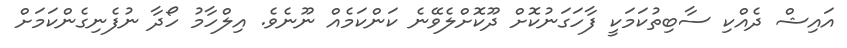
އައިޝް ދެއްކި ސާބިތުކަމަކީ ފާހަގަނުކޮށް ދޫކޮށްލެވޭނެ ކަންކަމެއް ނޫނެވެ. އިލްހާމު ހޯދާ ނުފެނިގެންކަމަށް